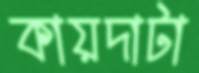
কায়দাটা